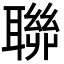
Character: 聯